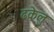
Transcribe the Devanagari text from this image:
ढकेलु